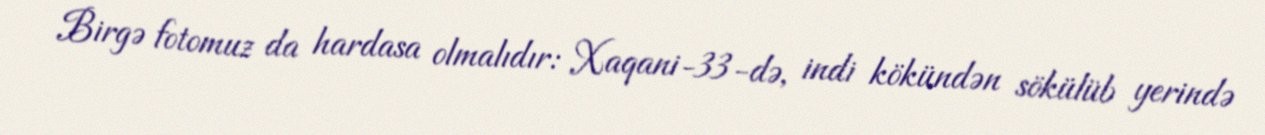
Birgə fotomuz da hardasa olmalıdır: Xaqani-33-də, indi kökündən sökülüb yerində